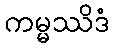
ကမ္မဿိဒံ